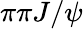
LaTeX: \pi\pi J/\psi